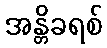
အန္တိခရစ်